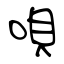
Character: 唄